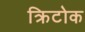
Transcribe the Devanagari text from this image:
क्रिटोक